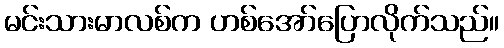
မင်းသားမာလစ်က ဟစ်အော်ပြောလိုက်သည်။